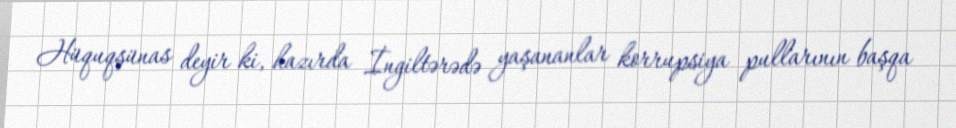
Hüquqşünas deyir ki, hazırda İngiltərədə yaşananlar korrupsiya pullarının başqa